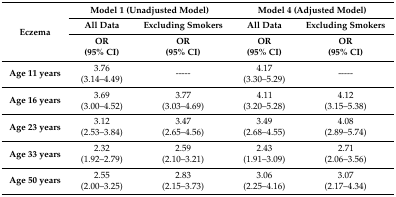
| <ROWSPAN=3> Eczema | <COLSPAN=2> Model 1 (Unadjusted Model) | <COLSPAN=2> Model 4 (Adjusted Model) |
 | All Data | Excluding Smokers | All Data | Excluding Smokers |
 | OR(95% CI) | OR(95% CI) | OR(95% CI) | OR(95% CI) |
 | --- | --- | --- | --- | --- |
 | Age 11 years | 3.76(3.14–4.49) | ----- | 4.17(3.30–5.29) | ----- |
 | Age 16 years | 3.69(3.00–4.52) | 3.77(3.03–4.69) | 4.11(3.20–5.28) | 4.12(3.15–5.38) |
 | Age 23 years | 3.12(2.53–3.84) | 3.47(2.65–4.56) | 3.49(2.68–4.55) | 4.08(2.89–5.74) |
 | Age 33 years | 2.32(1.92–2.79) | 2.59(2.10–3.21) | 2.43(1.91–3.09) | 2.71(2.06–3.56) |
 | Age 50 years | 2.55(2.00–3.25) | 2.83(2.15–3.73) | 3.06(2.25–4.16) | 3.07(2.17–4.34) |